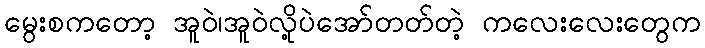
မွေးစကတော့ အူဝဲ၊အူဝဲလို့ပဲအော်တတ်တဲ့ ကလေးလေးတွေက